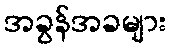
အခွန်အခများ